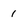
Character: 1